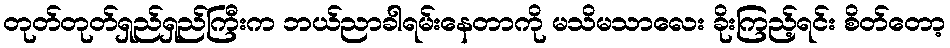
တုတ်တုတ်ရှည်ရှည်ကြီးက ဘယ်ညာခါရမ်းနေတာကို မသိမသာလေး ခိုးကြည့်ရင်း စိတ်တော့